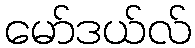
မော်ဒယ်လ်